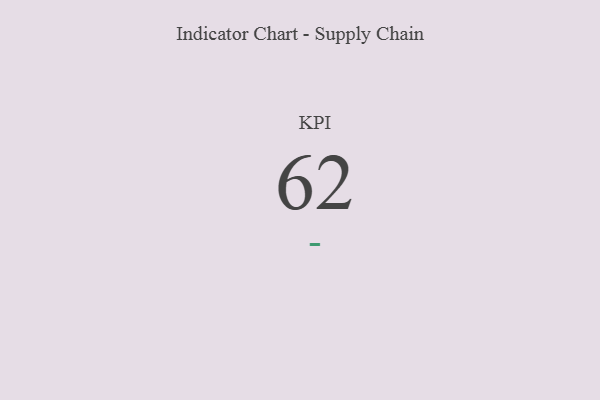
{"axis": {"x": "KPI", "y": "Value"}, "legend": [""], "data": [{"x": "KPI", "y": 62, "type": ""}]}